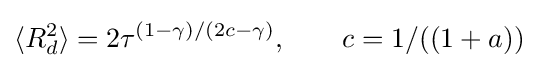
\langle R_{d}^{2}\rangle =2\tau ^{(1-\gamma )/(2c-\gamma )},\qquad c=1/((1+a))